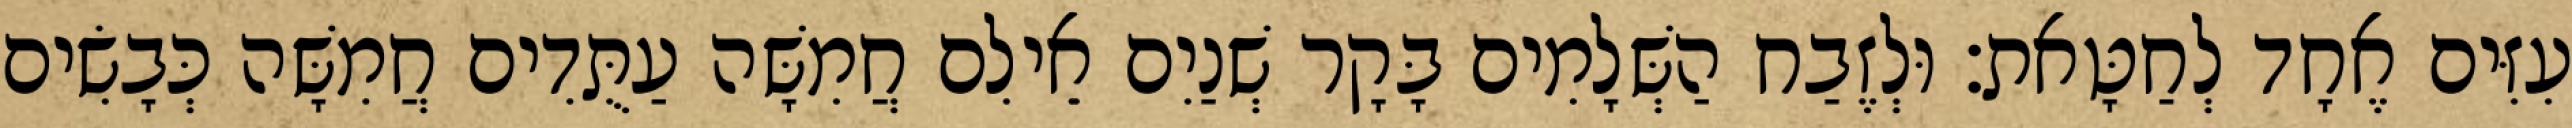
עִזִּים אֶחָד לְחַטָּאת׃ וּלְזֶבַח הַשְּׁלָמִים בָּקָר שְׁנַיִם אֵילִם חֲמִשָּׁה עַתֻּדִים חֲמִשָּׁה כְּבָשִׂים